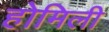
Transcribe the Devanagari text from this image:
होमिली